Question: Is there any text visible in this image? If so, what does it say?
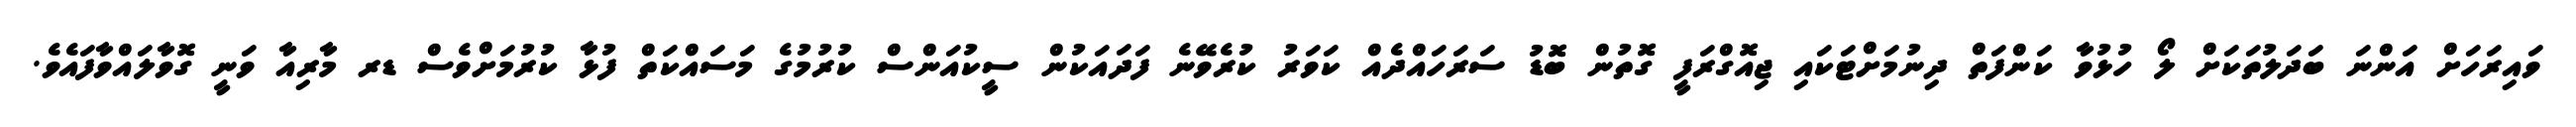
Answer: ވައިރަހަށް އަންނަ ބަދަލުތަކަށް ލޯ ހުޅުވާ ކަންފަތް ދިނުމަށްޓަކައި ޖިއޮގްރަފީ ގޮތުން ބޮޑު ސަރަހައްދެއް ކަވަރު ކުރެވޭނެ ފަދައަކުން ސީކުއަންސް ކުރުމުގެ މަސައްކަތް ފުޅާ ކުރުމަށްވެސް ޑރ މާރިއާ ވަނީ ގޮވާލައްވާފައެވެ.